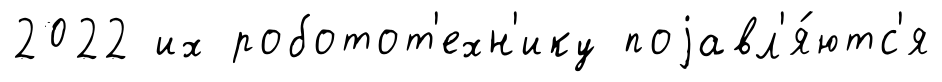
2022 их роботот'ехн'ику поjавл'я́ютс'я